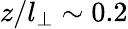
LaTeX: z/l_{\perp}\sim 0.2